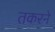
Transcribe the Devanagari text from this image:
तकरने